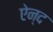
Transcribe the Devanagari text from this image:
ऐन्द